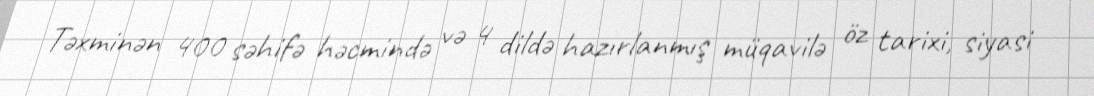
Təxminən 400 səhifə həcmində və 4 dildə hazırlanmış müqavilə öz tarixi, siyasi